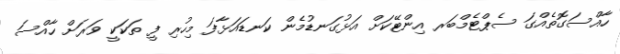
ހާއްސަގޮތެއްގަ ސެޕްޓެމްބަރ އިންޓޭކަށް އަޅުގަނޑުމެން ކަނޑައަޅާފަ މިހުރި ފީ ތަކަކީ ވަރަށް ހާއްސަ